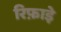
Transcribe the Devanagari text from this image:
रिफ़ाइे